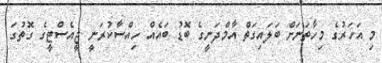
މި އަހަރުގެ މިހާތަނަށް ބަލައިގަތް އާމްދަނީގެ ބޮޑު ބައެއް ހިއްސާކުރަނީ ޖީއެސްޓީގެ ގޮތުގަ